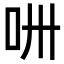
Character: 𠯢